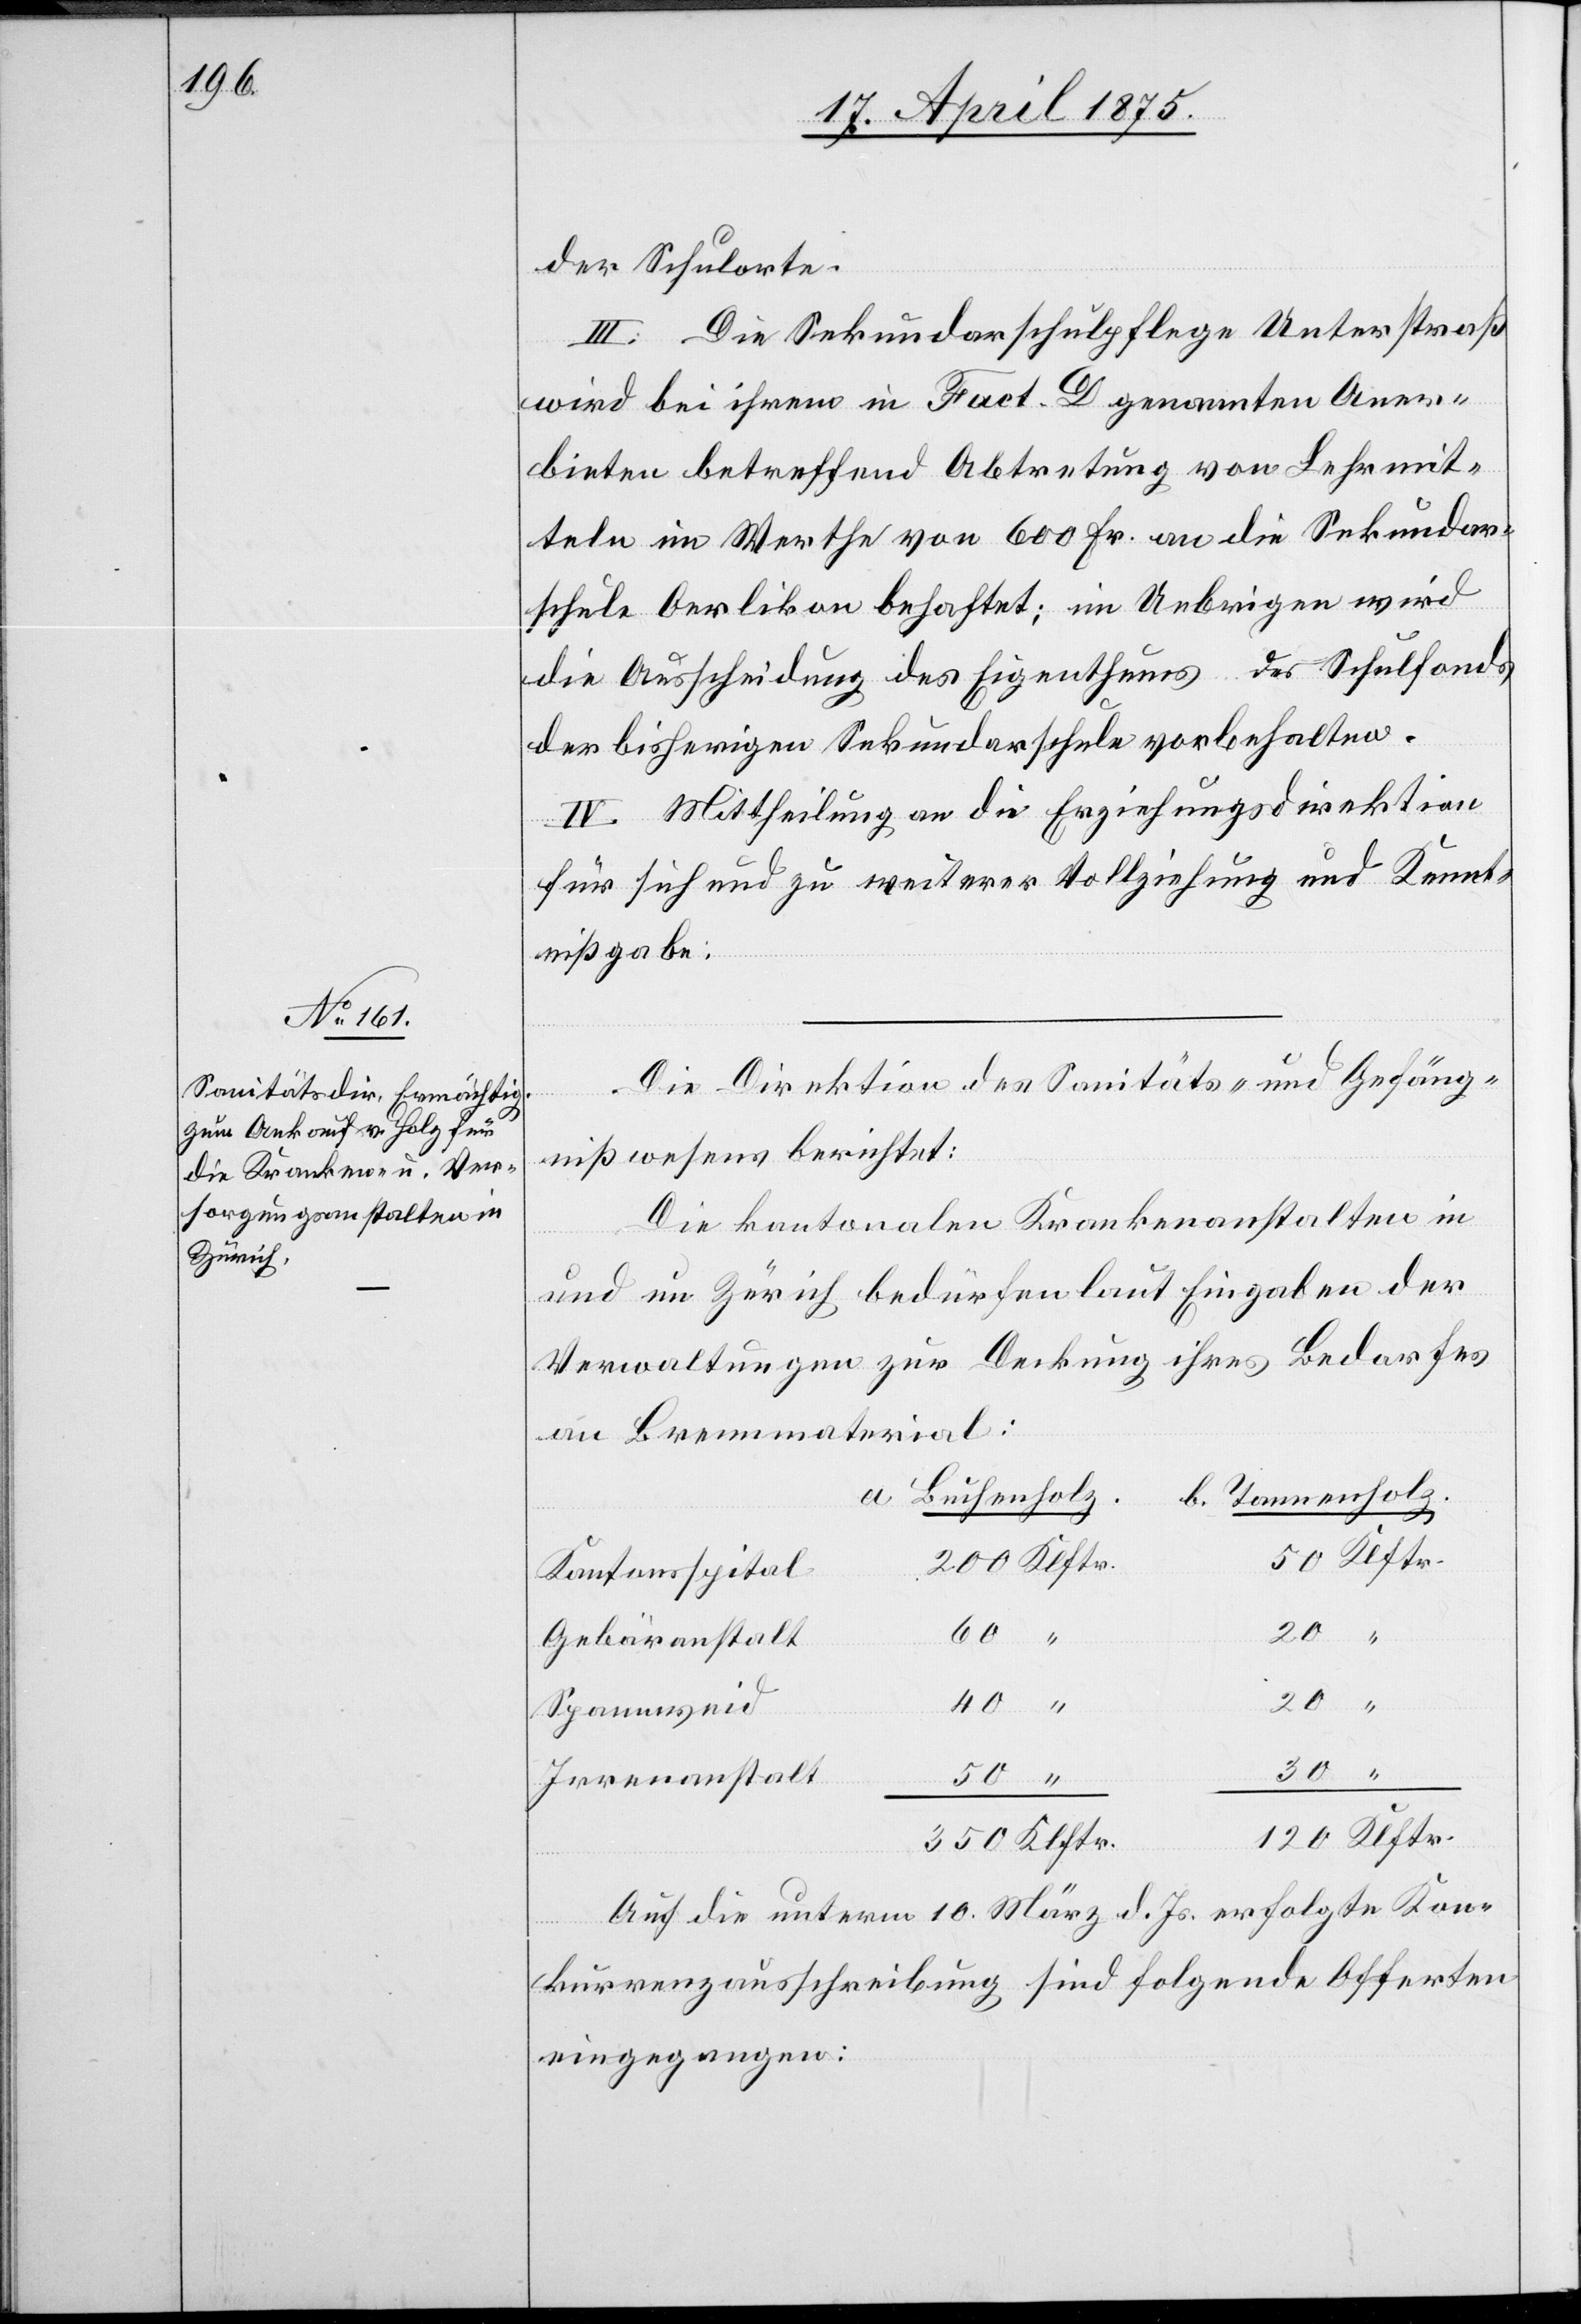
der Schulorte.
II. Die Sekundarschulpflege Unterstraß
wird bei ihrem in Fact. D genannten Aner¬
bieten betreffend Abtretung von Lehrmit¬
teln im Werthe von 600 Fr. an die Sekundar¬
schule Oerlikon behaftet; im Uebrigen wird
die Ausscheidung des Eigenthums des Schulfonds
der bisherigen Sekundarschule vorbehalten.
III. Mittheilung an die Erziehungsdirektion
für sich und zu weiterer Vollziehung und Kennt¬
nißgabe.
Die Direktion des Sanitäts- und Gefäng¬
nißwesens berichtet:
Die kantonalen Krankenanstalten in
und um Zürich bedürfen laut Eingaben der
Verwaltungen zur Deckung ihres Bedarfes
an Brennmaterial:
b. Tannenholz
a. Buchenholz
20
Kantonsspital
200
50
Gebäranstalt
20
Spannweid
Irrenanstalt
120 Klftr.
350 Klftr.
Auf die unterm 10. März d. Js. erfolgte Kon¬
kurrenzanschreibung sind folgende Offerten
eingegangen: